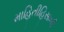
માહિતીહિસાબી